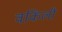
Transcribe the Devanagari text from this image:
वकिली